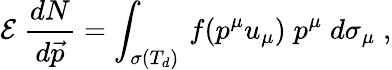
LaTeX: \mathcal{E}\; \frac{{dN}}{{d\vec{{p}}}}=\int_{\sigma(T_{d})}\, f(p^{\mu}u_{\mu})\; p^{\mu}\; d\sigma_{\mu}\; ,